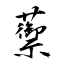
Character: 蘌